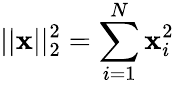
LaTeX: ||\mathbf{x}||_{2}^{2}=\sum_{i=1}^{N}\mathbf{x}_{i}^{2}